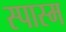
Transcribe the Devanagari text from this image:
स्पास्म